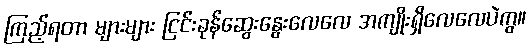
ကြည့်ရတာ များများ ငြင်းခုန်ဆွေးနွေးလေလေ အကျိုးရှိလေလေပဲကွ။